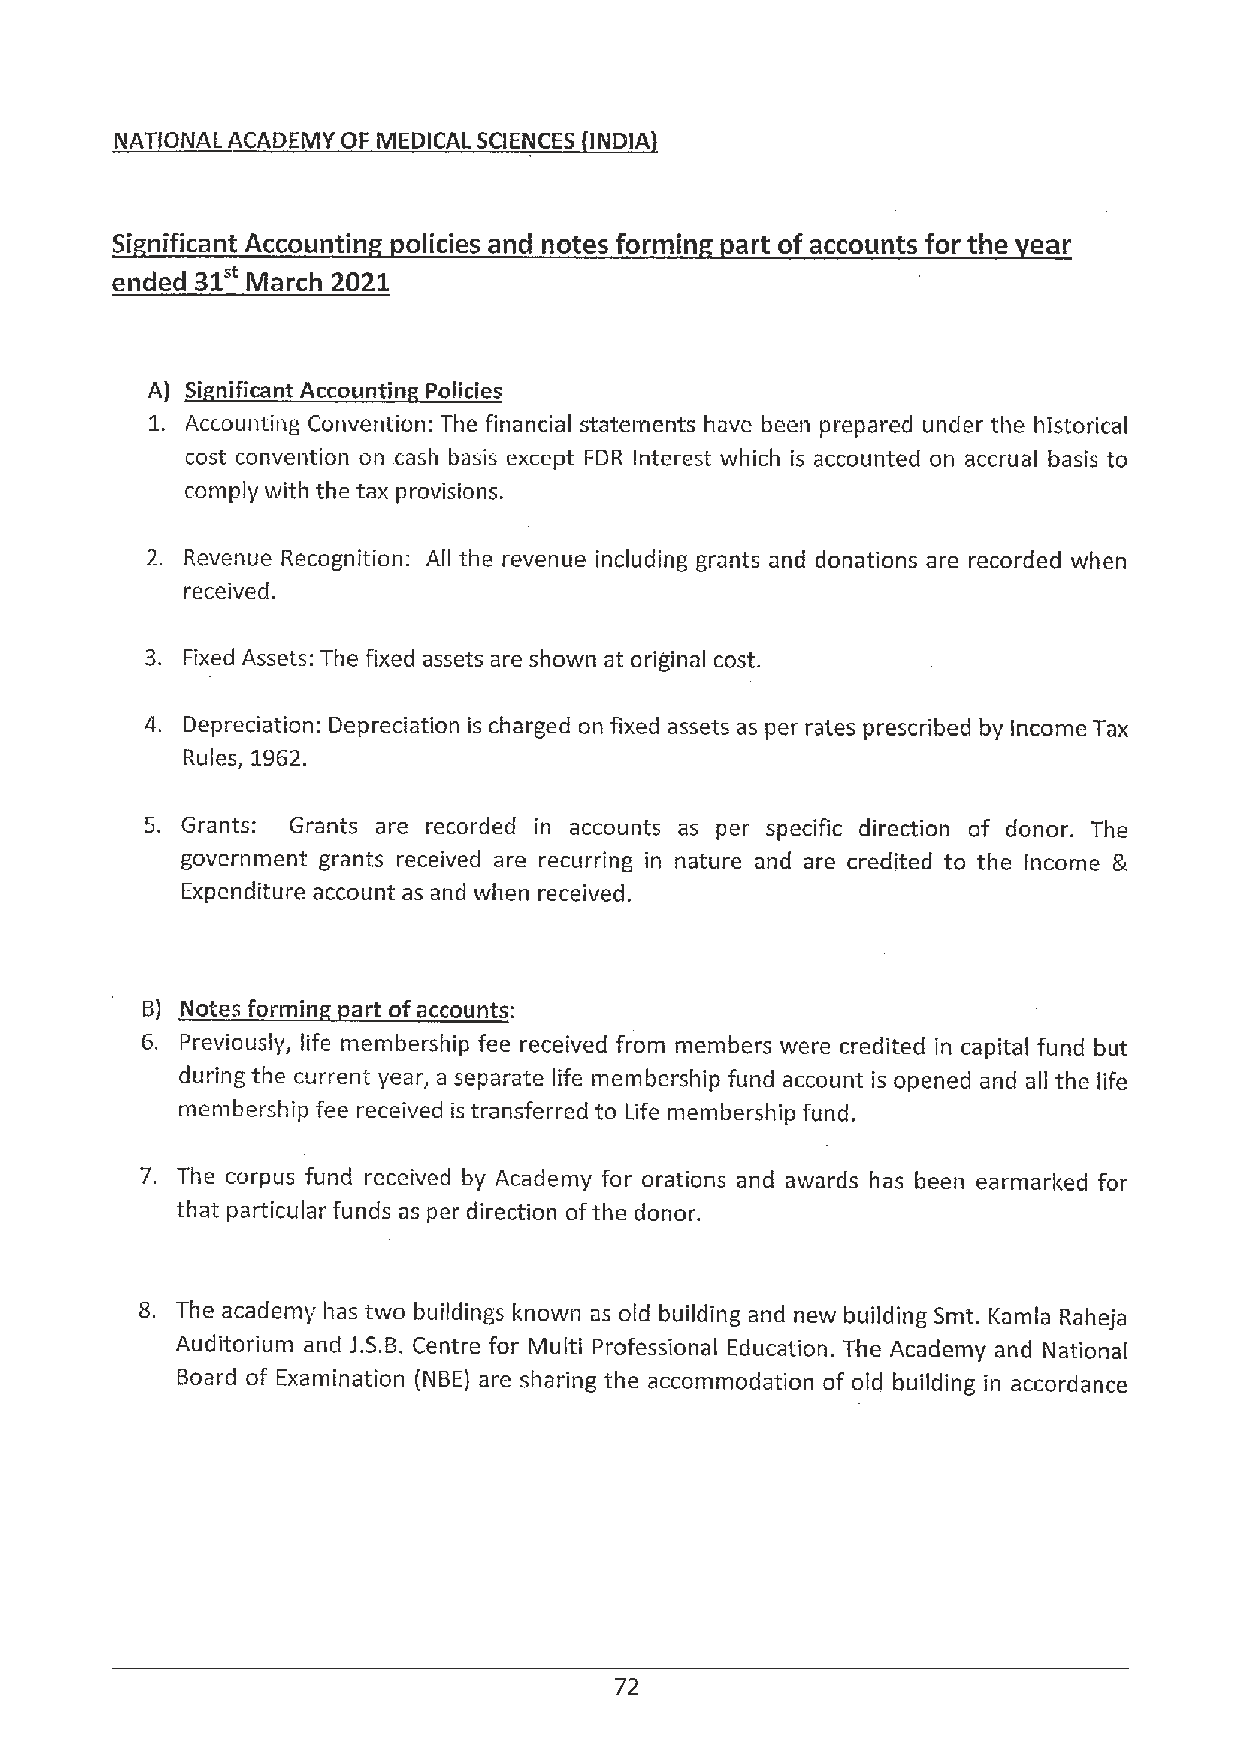
72                                                                                73